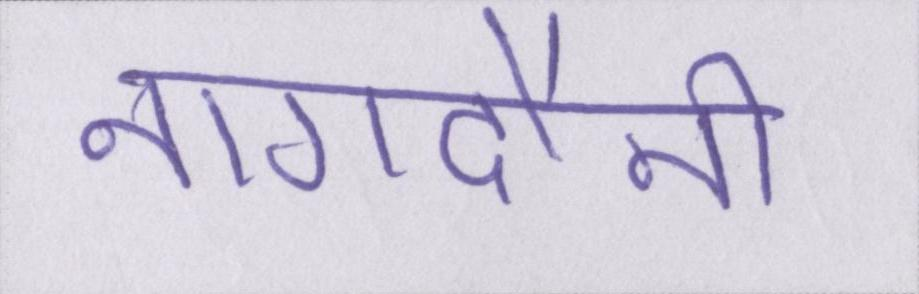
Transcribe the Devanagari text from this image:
नागदौनी